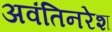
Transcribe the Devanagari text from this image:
अवंतिनरेश